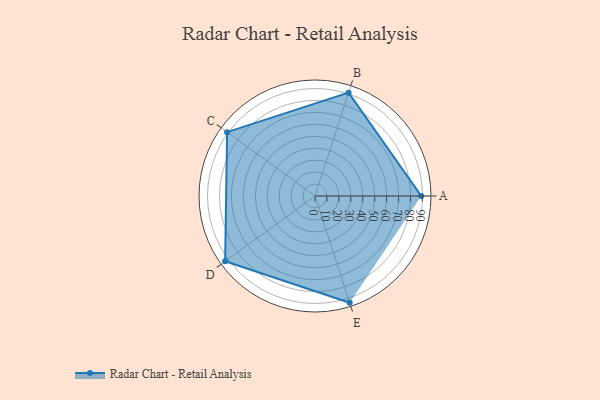
{"axis": {"x": "Skill", "y": "Score"}, "legend": ["Profile"], "data": [{"x": "A", "y": 89.0, "type": "Profile"}, {"x": "B", "y": 91.0, "type": "Profile"}, {"x": "C", "y": 91.0, "type": "Profile"}, {"x": "D", "y": 93.0, "type": "Profile"}, {"x": "E", "y": 94.0, "type": "Profile"}]}